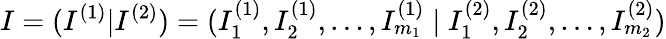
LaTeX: I=(I^{(1)}|I^{(2)})=(I_{1}^{(1)},I_{2}^{(1)},\ldots,I_{m_{1}}^{(1)}\; |\; I_{1}^{(2)},I_{2}^{(2)},\ldots,I_{m_{2}}^{(2)})